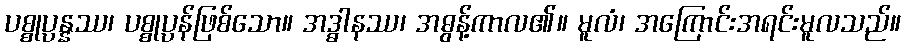
ပစ္စုပ္ပန္နဿ၊ ပစ္စုပ္ပန်ဖြစ်သော။ အဒ္ဓါနဿ၊ အဓွန့်ကာလ၏။ မူလံ၊ အကြောင်းအရင်းမူလသည်။